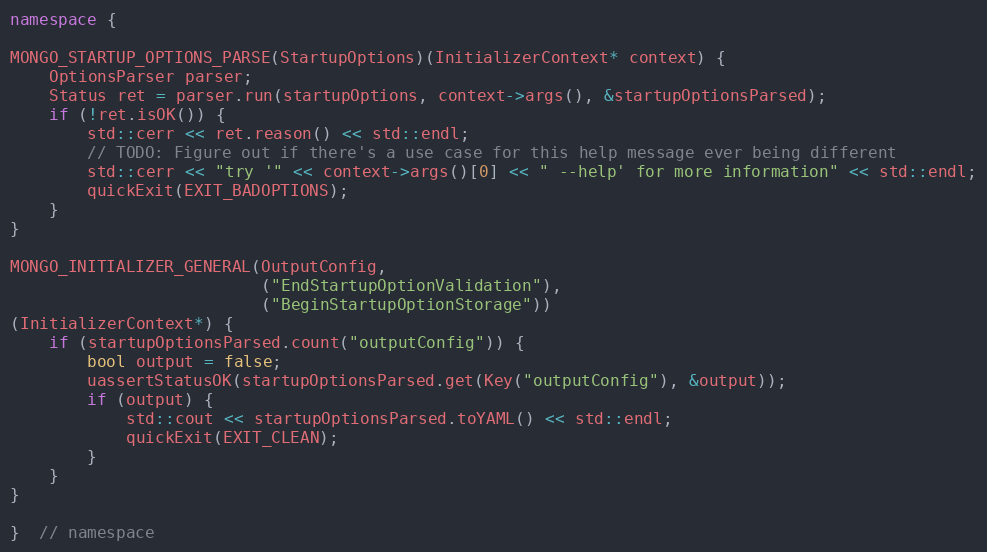
Language: C++
namespace {

MONGO_STARTUP_OPTIONS_PARSE(StartupOptions)(InitializerContext* context) {
    OptionsParser parser;
    Status ret = parser.run(startupOptions, context->args(), &startupOptionsParsed);
    if (!ret.isOK()) {
        std::cerr << ret.reason() << std::endl;
        // TODO: Figure out if there's a use case for this help message ever being different
        std::cerr << "try '" << context->args()[0] << " --help' for more information" << std::endl;
        quickExit(EXIT_BADOPTIONS);
    }
}

MONGO_INITIALIZER_GENERAL(OutputConfig,
                          ("EndStartupOptionValidation"),
                          ("BeginStartupOptionStorage"))
(InitializerContext*) {
    if (startupOptionsParsed.count("outputConfig")) {
        bool output = false;
        uassertStatusOK(startupOptionsParsed.get(Key("outputConfig"), &output));
        if (output) {
            std::cout << startupOptionsParsed.toYAML() << std::endl;
            quickExit(EXIT_CLEAN);
        }
    }
}

}  // namespace